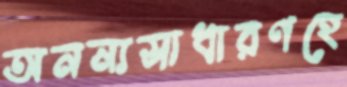
অনন্যসাধারণহে